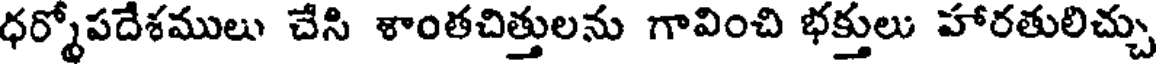
ధర్మోపదేశములు చేసి శాంతచిత్తులను గావించి భక్తులు హారతులిచ్చు